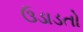
ઉડાડતો